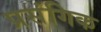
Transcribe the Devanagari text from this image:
प्रसंगिक